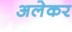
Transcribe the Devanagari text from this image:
अलेकर